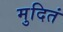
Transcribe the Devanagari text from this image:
मुदितं